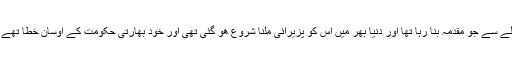
پاکستان گزشتہ کچھ عرصے سے انسانی حقوق کی خلاف ورزیوں کے حوالے سے جو مقدمہ بنا رہا تھا اور دنیا بھر میں اس کو پزیرائی ملنا شروع ھو گئی تھی اور خود بھارتی حکومت کے اوسان خطا تھے اور اس سلسلے میں بیرونی کے ساتھ ساتھ سخت اندرونی دباؤ کا شکار تھا۔